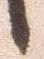
候